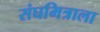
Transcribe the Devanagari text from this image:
संघमित्राला